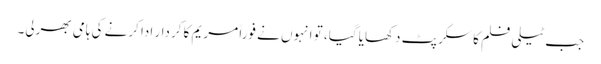
جب ٹیلی فلم کا سکرپٹ دکھایا گیا، تو انہوں نے فوراً مریم کا کردار ادا کرنے کی ہامی بھرلی۔